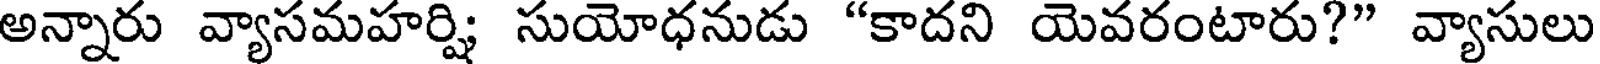
అన్నారు వ్యాసమహర్షి సుయోధనుడు "కాదని యెవరంటారు?" వ్యాసులు